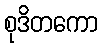
စုဒိတကော